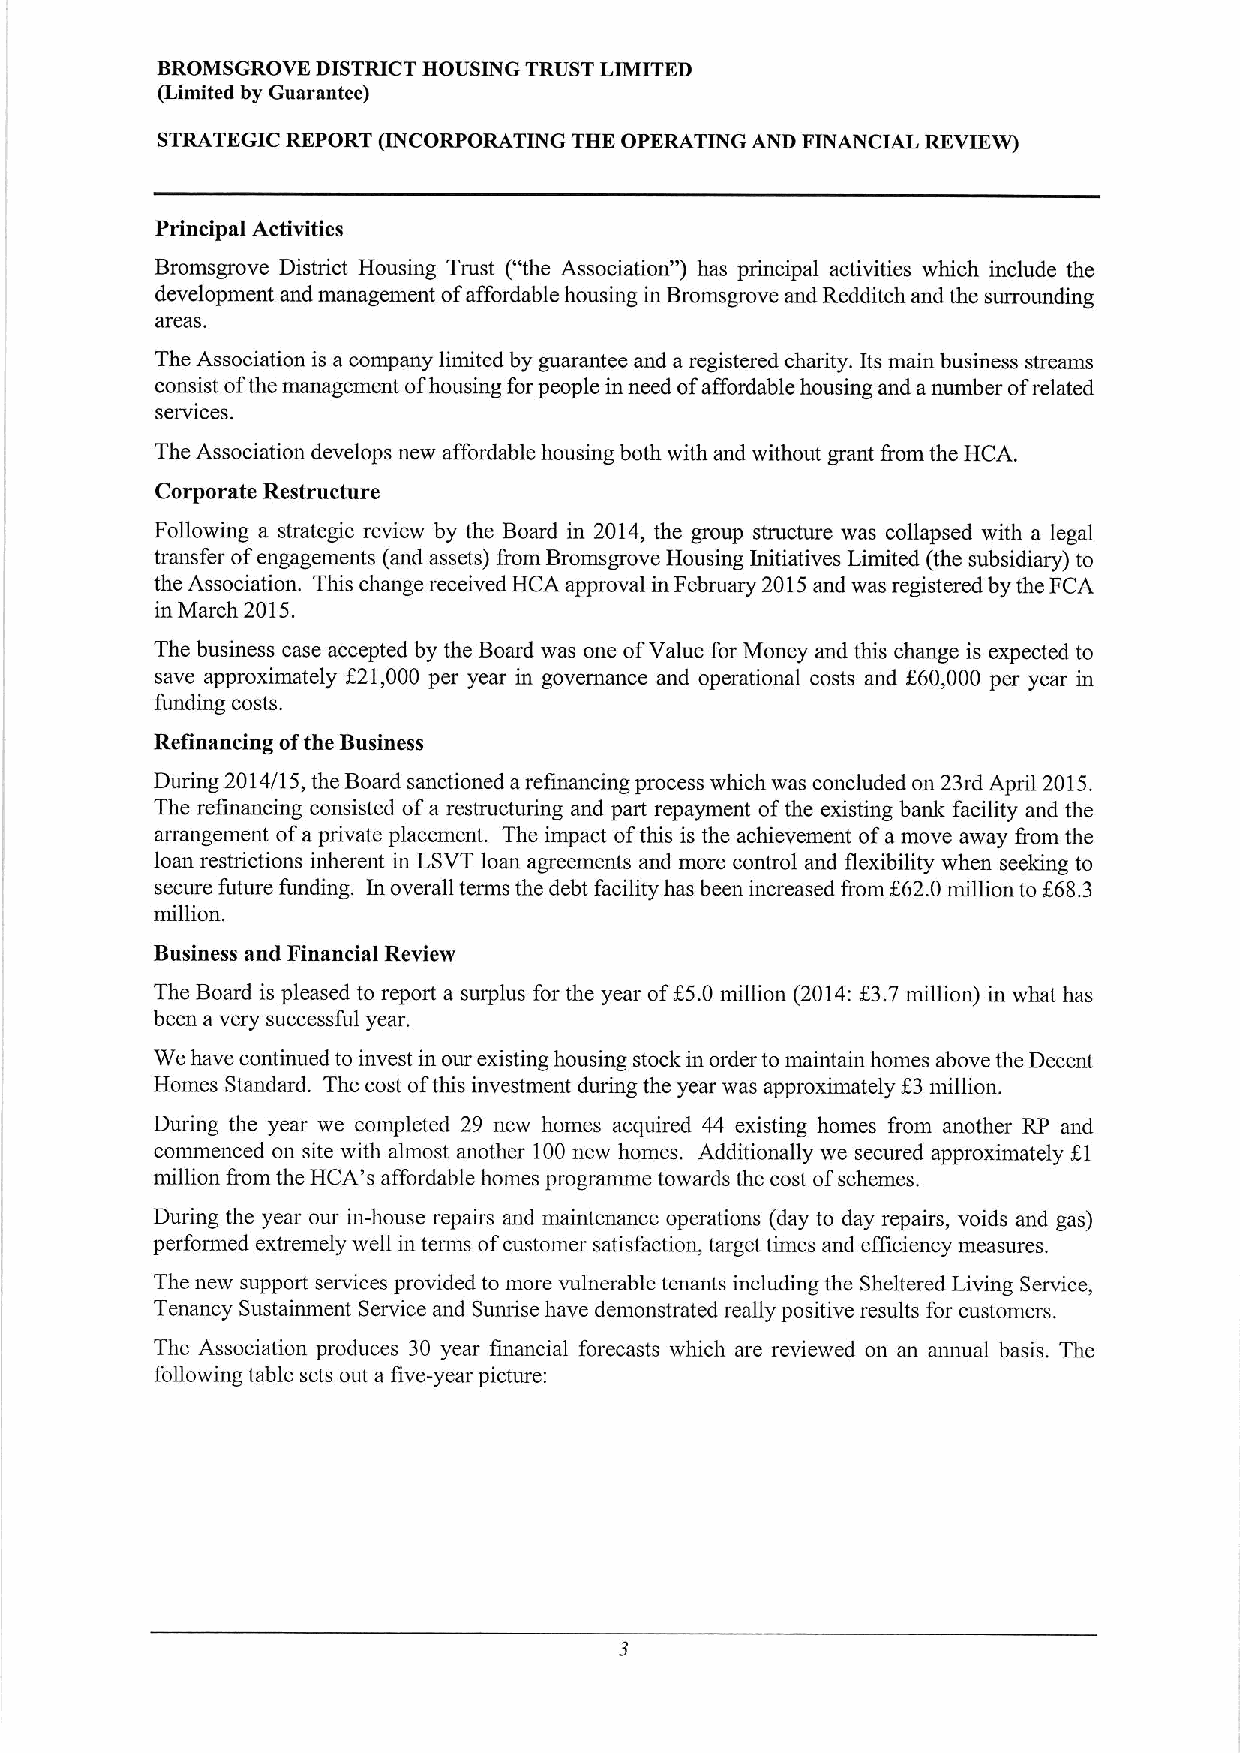
BROMSGROVE DISTRICT HOUSING TRUST LIMITED
 (Limited by Guarantee)
 STRATECIC REPORT (INCORPORATING THE OPERATING AND FINANCIAL REVIEW)
 Principal Activities
 Bromsgrove District Housing Trust ("the Association" ) has principal activities which include the
 development and management ofaffordable housing in Bromsgrove and Redditch and the surrounding
 areas.
 The Association is a company limited by guarantee and a registered charity. Its main business streanis
 consist ofthe management ofhousing forpeople in need ofaffordable housing and anumber ofrelated
 services.
 The Association develops new affordable housing both with and without grant I'rom the HCA.
 Corporate Restructure
 Following a strategic review by the Board in 2014, the group structure was collapsed with a legal
 transfer ofengagements (and assets) from Bromsgrove Housing Initiatives Limited (the subsidiary) to
 the Association. This change received HCA approval in February 2015and was registered by the FCA
 in March 2015.
 The business case accepted by the Board was one ofValue for Money and this change is expected to
 save approximately f21,000 per year in governance and operational costs and f60,000 per year in
 funding costs.
 Refinancing ofthe Business
 During 2014/15, the Board sanctioned arefinancing process which was concluded on 23rd April 2015.
 The refinancing consisted ofa restructuring and part repayment ofthe existing bank facility and the
 arrangement ofa private placement. The impact ofthis is the achievement ofa move away from the
 loan restrictions inherent in LSVT loan agreements and more control and flexibility when seeking to
 secure future funding. In overall terms the debt facility has been increased Irom F62.0million to f68.3
 million.
 Business and Financial Review
 The Board is pleased to report a surplus for the year off5.0 million (2014:f3.7million) in what has
 been avery successful year.
 We have continued to invest in our existing housing stock in order tomaintain homes above the Decent
 Homes Standard. The cost ofthis investment during the year was approximately f 3million.
 During the year we completed 29 new homes acquired 44 existing homes from another RP and
 commenced on site with almost another 100new homes. Additionally we secured approximately Kl
 million from the HCA*s affordable homes programme towards the cost ofschemes.
 During the year our in-house repairs and maintenance operations (day to day repairs, voids and gas)
 performed extremely well in terms ofcustomer satisfaction, target times and efficiency measures.
 The new support services provided to more vulnerable tenants including the Sheltered Living Service,
 Tenancy Sustainment Service and Suiuise have demonstrated really positive results for customers.
 The Association produces 30 year financial forecasts which are reviewed on an annual basis. The
 following table sets out a five-year picture: